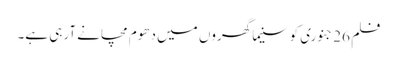
فلم 26 جنوری کو سنیما گھروں میں دھوم مچانے آرہی ہے۔